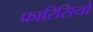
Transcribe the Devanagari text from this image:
फारिसियों